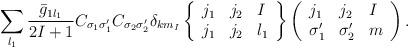
LaTeX: \begin{align*}\sum_{l_1} \frac{\bar{g}_{1l_1}}{2I+1} C_{\sigma_1\sigma'_1} C_{\sigma_2\sigma'_2} \delta_{km_I}\left\{\begin{array}{lll}j_1&j_2&I\\j_1&j_2&l_1\end{array}\right\}\left(\begin{array}{lll}j_1&j_2&I\\\sigma'_1&\sigma'_2&m\end{array}\right).\end{align*}